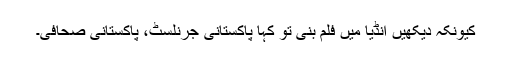
کیونکہ دیکھیں انڈیا میں فلم بنی تو کہا پاکستانی جرنلسٹ، پاکستانی صحافی۔